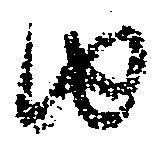
由